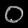
Digit: ၀